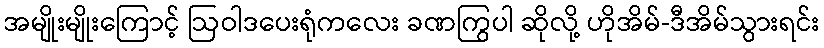
အမျိုးမျိုးကြောင့် ဩဝါဒပေးရုံကလေး ခဏကြွပါ ဆိုလို့ ဟိုအိမ်-ဒီအိမ်သွားရင်း